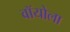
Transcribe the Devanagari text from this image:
वॉयोला